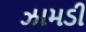
ઝામડી